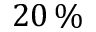
2 0 \, \%